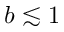
b \lesssim 1